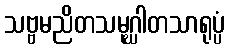
သဗ္ဗမညိတသမုဂ္ဃါတသာရုပ္ပံ